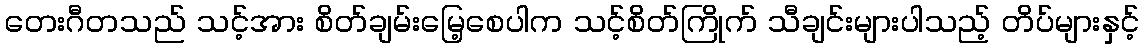
တေးဂီတသည် သင့်အား စိတ်ချမ်းမြေ့စေပါက သင့်စိတ်ကြိုက် သီချင်းများပါသည့် တိပ်များနှင့်